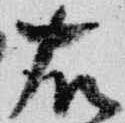
右